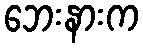
ဘေးနားက